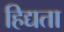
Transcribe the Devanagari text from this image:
हिद्यता